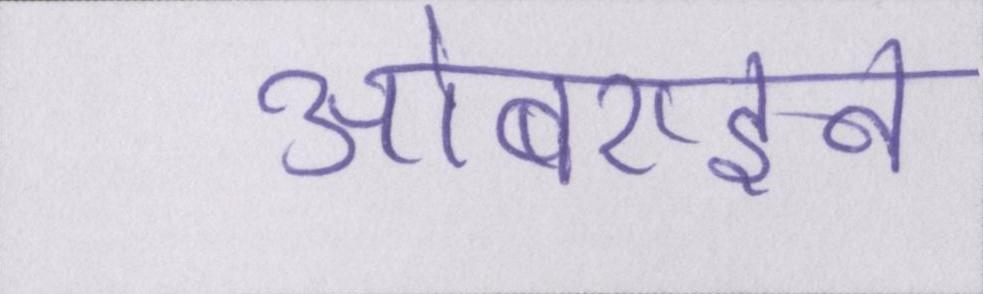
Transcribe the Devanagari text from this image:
ओबराइन